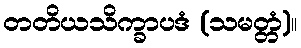
တတိယသိက္ခာပဒံ (သမတ္တံ)။